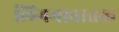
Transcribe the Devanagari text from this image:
लिंगभावातक